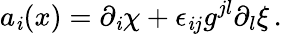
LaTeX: a_{\mathit{i}}(x)=\partial_{\mathit{i}}\chi+\epsilon_{\mathit{i}j}g^{jl}\partial_{l}\xi\, .